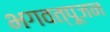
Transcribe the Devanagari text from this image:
भगवत्पूजन